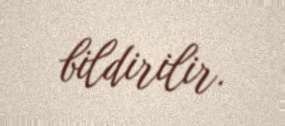
bildirilir.